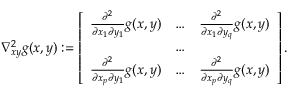
\nabla _ { x y } ^ { 2 } g ( x , y ) : = \left[ \begin{array} { l l l } { \frac { \partial ^ { 2 } } { \partial x _ { 1 } \partial y _ { 1 } } g ( x , y ) } & { \ldots } & { \frac { \partial ^ { 2 } } { \partial x _ { 1 } \partial y _ { q } } g ( x , y ) } \\ & { \ldots } & \\ { \frac { \partial ^ { 2 } } { \partial x _ { p } \partial y _ { 1 } } g ( x , y ) } & { \ldots } & { \frac { \partial ^ { 2 } } { \partial x _ { p } \partial y _ { q } } g ( x , y ) } \end{array} \right] .